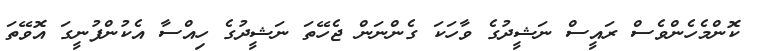
ކޮންމެހެންވެސް ރައީސް ނަޝީދުގެ ވާހަކަ ގެންނަން ޖެހޭތަ ނަޝީދުގެ ހިއްސާ އެކުންފުނީގަ އޮވޭތަ